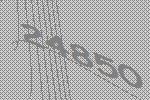
24850